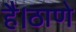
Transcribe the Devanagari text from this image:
है।ठाणे